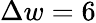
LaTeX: \Delta w=6